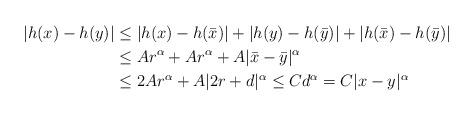
LaTeX: \begin{align*} |h(x)-h(y)| & \leq |h(x)-h(\bar{x})|+|h(y)-h(\bar{y})| +|h(\bar{x})-h(\bar{y})| \\ & \leq Ar^\alpha + A r^\alpha + A|\bar{x}- \bar{y}|^\alpha \\ & \leq 2Ar^\alpha + A|2r + d|^\alpha \leq C d^\alpha = C|x-y|^\alpha\end{align*}